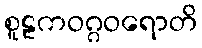
စူဠကဝဂ္ဂဝရောတိ